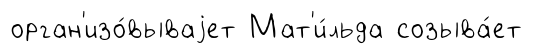
орган'изо́вываjет Мат'и́льда созыва́ет